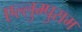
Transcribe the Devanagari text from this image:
एल्लुम्पुराम